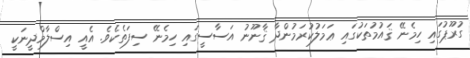
ގުރޫޕުގައި ހިމެނޭ ޤައުމުތަކުގައި ޢަމަލުކުރަމުންދާ ޤާނޫނު އަސާސީގައި ހިމެނޭ ސިފަތެކެވެ. އެއީ އިސްލާމްދީނަކީ